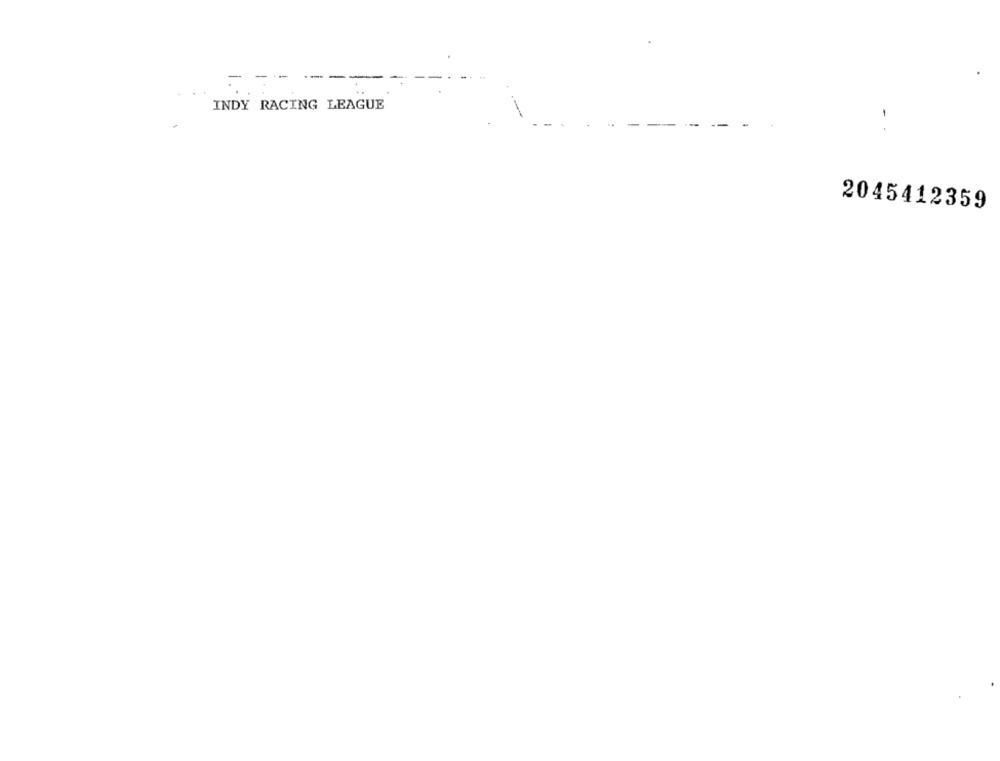
- --
INDY RACING LEAGUE
2045412359